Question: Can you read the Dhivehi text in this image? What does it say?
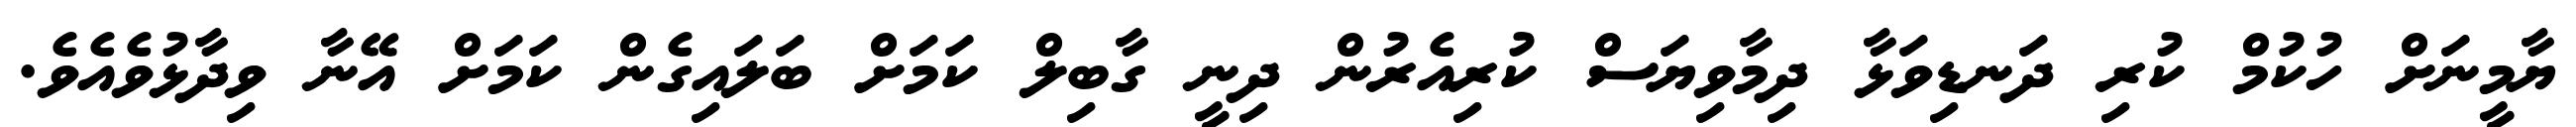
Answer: ޔާމީނަށް ހުކުމް ކުރި ދަނޑިވަޅާ ދިމާވިޔަސް ކުރިއެރުން ދިނީ ގާބިލް ކަމަށް ބަލައިގެން ކަމަށް އޭނާ ވިދާޅުވެއެވެ.